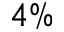
4 \%